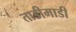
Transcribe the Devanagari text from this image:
ताडीमाडी